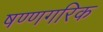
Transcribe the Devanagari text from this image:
षण्णगरिक